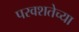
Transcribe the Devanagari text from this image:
परवशतेच्या